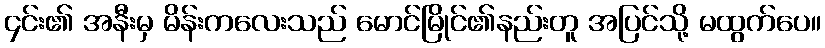
၄င်း၏ အနီးမှ မိန်းကလေးသည် မောင်မြိုင်၏နည်းတူ အပြင်သို့ မထွက်ပေ။